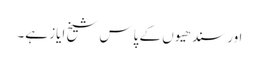
اور سندھیوں کے پاس شیخ ایاز ہے۔